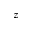
z